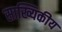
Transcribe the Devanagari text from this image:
साख्यिकीय